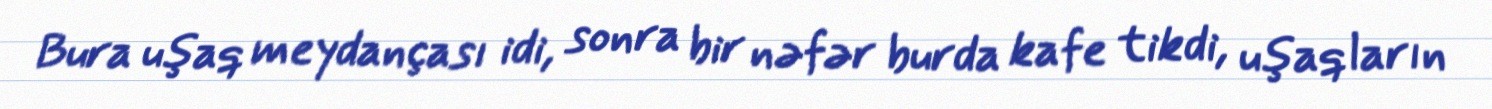
Bura uşaq meydançası idi, sonra bir nəfər burda kafe tikdi, uşaqların